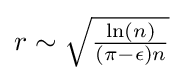
{\textstyle r\sim {\sqrt {\ln(n) \over (\pi -\epsilon )n}}}